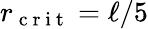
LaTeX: r_{\mathrm{~c~r~i~t~}}=\ell/5